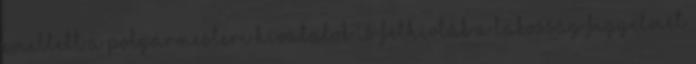
emellett a polgármesteri hivatalok is felhívták a lakosság figyelmét